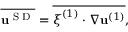
\overline { { \bf { u } ^ { \textnormal { S D } } } } = \overline { { \boldsymbol { \xi } ^ { ( 1 ) } \cdot \nabla \mathbf { u } ^ { ( 1 ) } } } ,